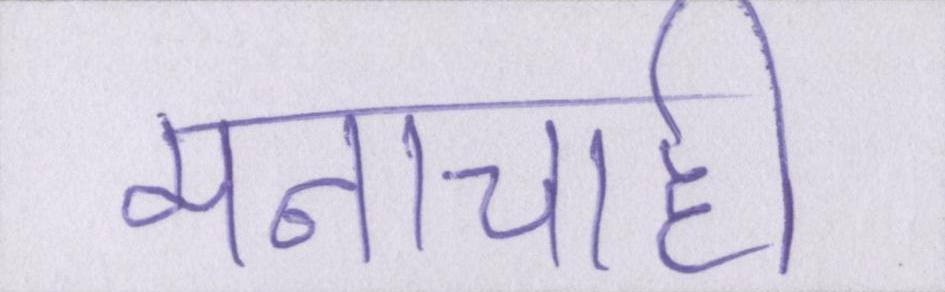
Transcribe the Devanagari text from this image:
मनाचाही